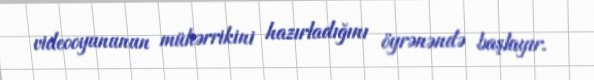
videooyununun mühərrikini hazırladığını öyrənəndə başlayır.